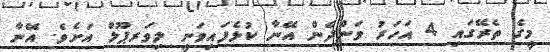
މީގެ ތެރޭގައި 4 އަހަރު ވަންދެން އޭނާ ކުޅެފައިވަނީ ލިވަރޕޫލް އަށެވެ. އޭނާ